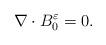
LaTeX: \begin{align*}\nabla \cdot B^{\varepsilon}_{0}=0.\end{align*}